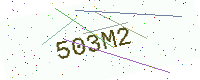
Text: 503M2